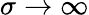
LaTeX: \sigma\rightarrow\infty